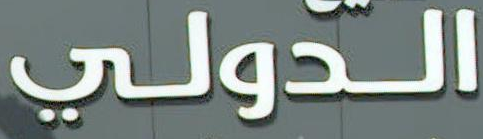
الدولي